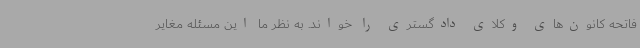
فاتحه کانون‌های وکلای دادگستری را خواند. به نظر ما این مسئله مغایر